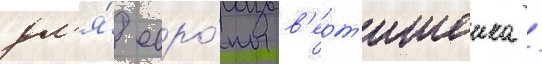
дл'я́ евро́пы в'ерт'ишеика /